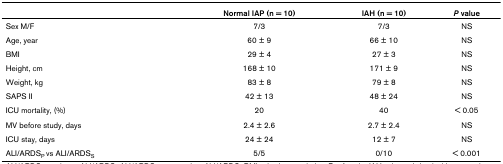
<table><thead><tr><td></td><td><b>Normal IAP (n = 10)</b></td><td><b>IAH (n = 10)</b></td><td><b><i>P </i>value</b></td></tr></thead><tbody><tr><td>Sex M/F</td><td>7/3</td><td>7/3</td><td>NS</td></tr><tr><td>Age, year</td><td>60 ± 9</td><td>66 ± 10</td><td>NS</td></tr><tr><td>BMI</td><td>29 ± 4</td><td>27 ± 3</td><td>NS</td></tr><tr><td>Height, cm</td><td>168 ± 10</td><td>171 ± 9</td><td>NS</td></tr><tr><td>Weight, kg</td><td>83 ± 8</td><td>79 ± 8</td><td>NS</td></tr><tr><td>SAPS II</td><td>42 ± 13</td><td>48 ± 24</td><td>NS</td></tr><tr><td>ICU mortality, (%)</td><td>20</td><td>40</td><td>&lt; 0.05</td></tr><tr><td>MV before study, days</td><td>2.4 ± 2.6</td><td>2.7 ± 2.4</td><td>NS</td></tr><tr><td>ICU stay, days</td><td>24 ± 24</td><td>12 ± 7</td><td>NS</td></tr><tr><td>ALI/ARDS<sub>P </sub>vs ALI/ARDS<sub>S</sub></td><td>5/5</td><td>0/10</td><td>&lt; 0.001</td></tr></tbody></table>